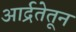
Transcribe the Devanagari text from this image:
आर्द्रतेतून